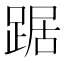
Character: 踞